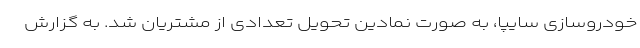
خودروسازی سايپا، به صورت نمادین تحويل تعدادی از مشتريان شد. به گزارش